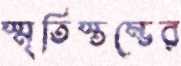
স্মৃতিস্তম্ভের